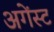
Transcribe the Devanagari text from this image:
अगेंस्‍ट